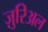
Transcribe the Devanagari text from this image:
ज़ुरिअल